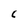
Character: C